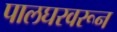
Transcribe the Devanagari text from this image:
पालघरवरून